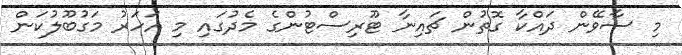
މި ސާވޭން ދައްކާ ގޮތުން ޗައިނާ ޓޫރިސްޓުންގެ މެދުގައި މި އަހަރު މަގުބޫލުކަން